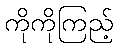
ကိုကိုကြည့်